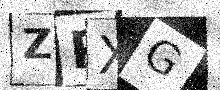
Text: ZPXG